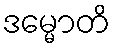
ဒမ္မောတိ